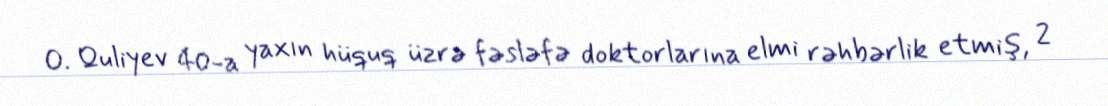
O. Quliyev 40-a yaxın hüquq üzrə fəsləfə doktorlarına elmi rəhbərlik etmiş, 2